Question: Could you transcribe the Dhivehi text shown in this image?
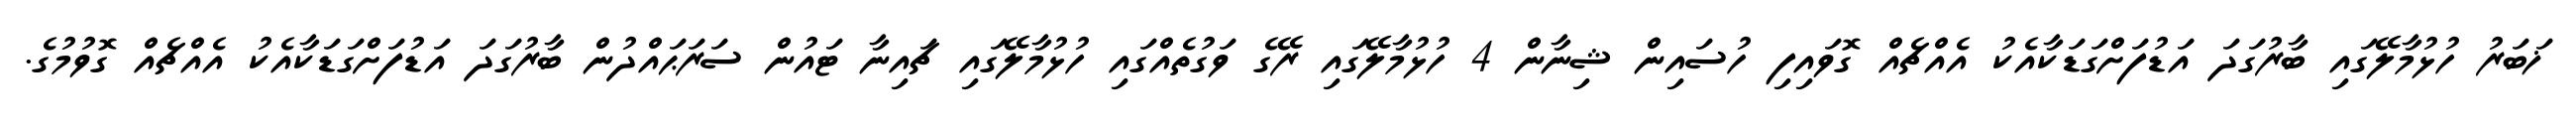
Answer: ޚަބަރު ހުޅުމާލޭގައި ބާރުގަދަ އަޑުފަށްގަޑަކާއެކު އެއްޗެއް ގޮވައިފި ހުސައިން ޝިނާން 4 ހުޅުމާލޭގައި ރޭގެ ވަގުތެއްގައި ހުޅުމާލޭގައި ޗައިނާ ޓައުން ސަރަޙައްދުން ބާރުގަދަ އަޑުފަށްގަޑަކާއެކު އެއްޗެއް ގޮވުމުގެ.